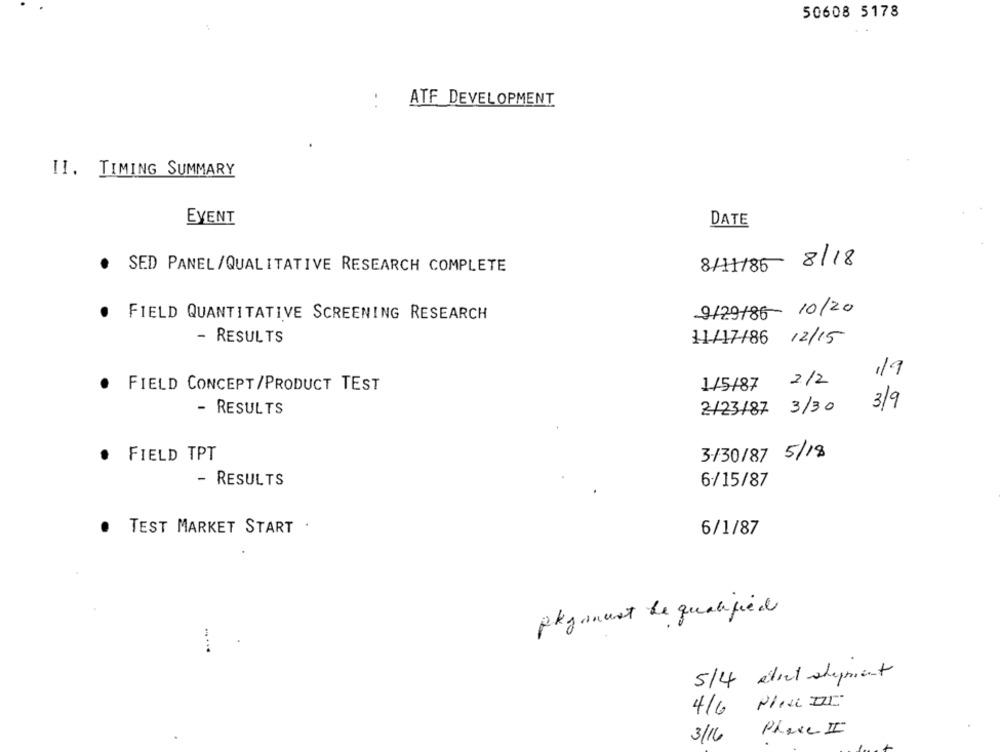
50608 5178
ATF DEVELOPMENT
II. TIMING SUMMARY
EVENT
DATE
8/11/86 8/18
.
SED PANEL /QUALITATIVE RESEARCH COMPLETE
FIELD QUANTITATIVE SCREENING RESEARCH
9/29/86 10/20
- RESULTS
11/17/86 12/15
119
2/2
FIELD CONCEPT/PRODUCT TEST
1/5/87
3/9
- RESULTS
2/23/87 3/30
FIELD TPT
3/30/87 5/18
- RESULTS
6/15/87
TEST MARKET START .
6/1/87
pkymust be qualified
....
5/4 aliet aluppient
4/6 PINIE
3/16 Phase II